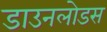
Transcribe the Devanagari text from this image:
डाउनलोडस